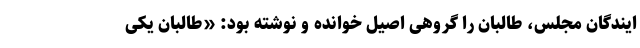
ایندگان مجلس، طالبان را گروهی اصیل خوانده و نوشته بود: «طالبان یکی